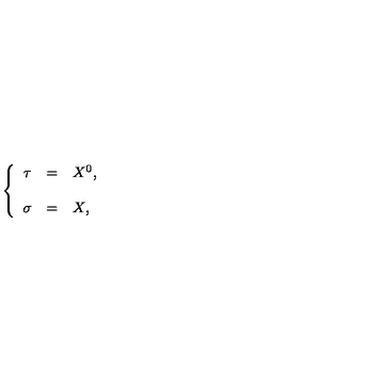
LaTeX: \left\{ \begin{array} { r c l } { \tau } & { = } & { X ^ { 0 } , } \\ { } & { } & { } \\ { \sigma } & { = } & { X , } \\ \end{array} \right.